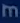
m